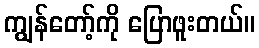
ကျွန်တော့်ကို ပြောဖူးတယ်။